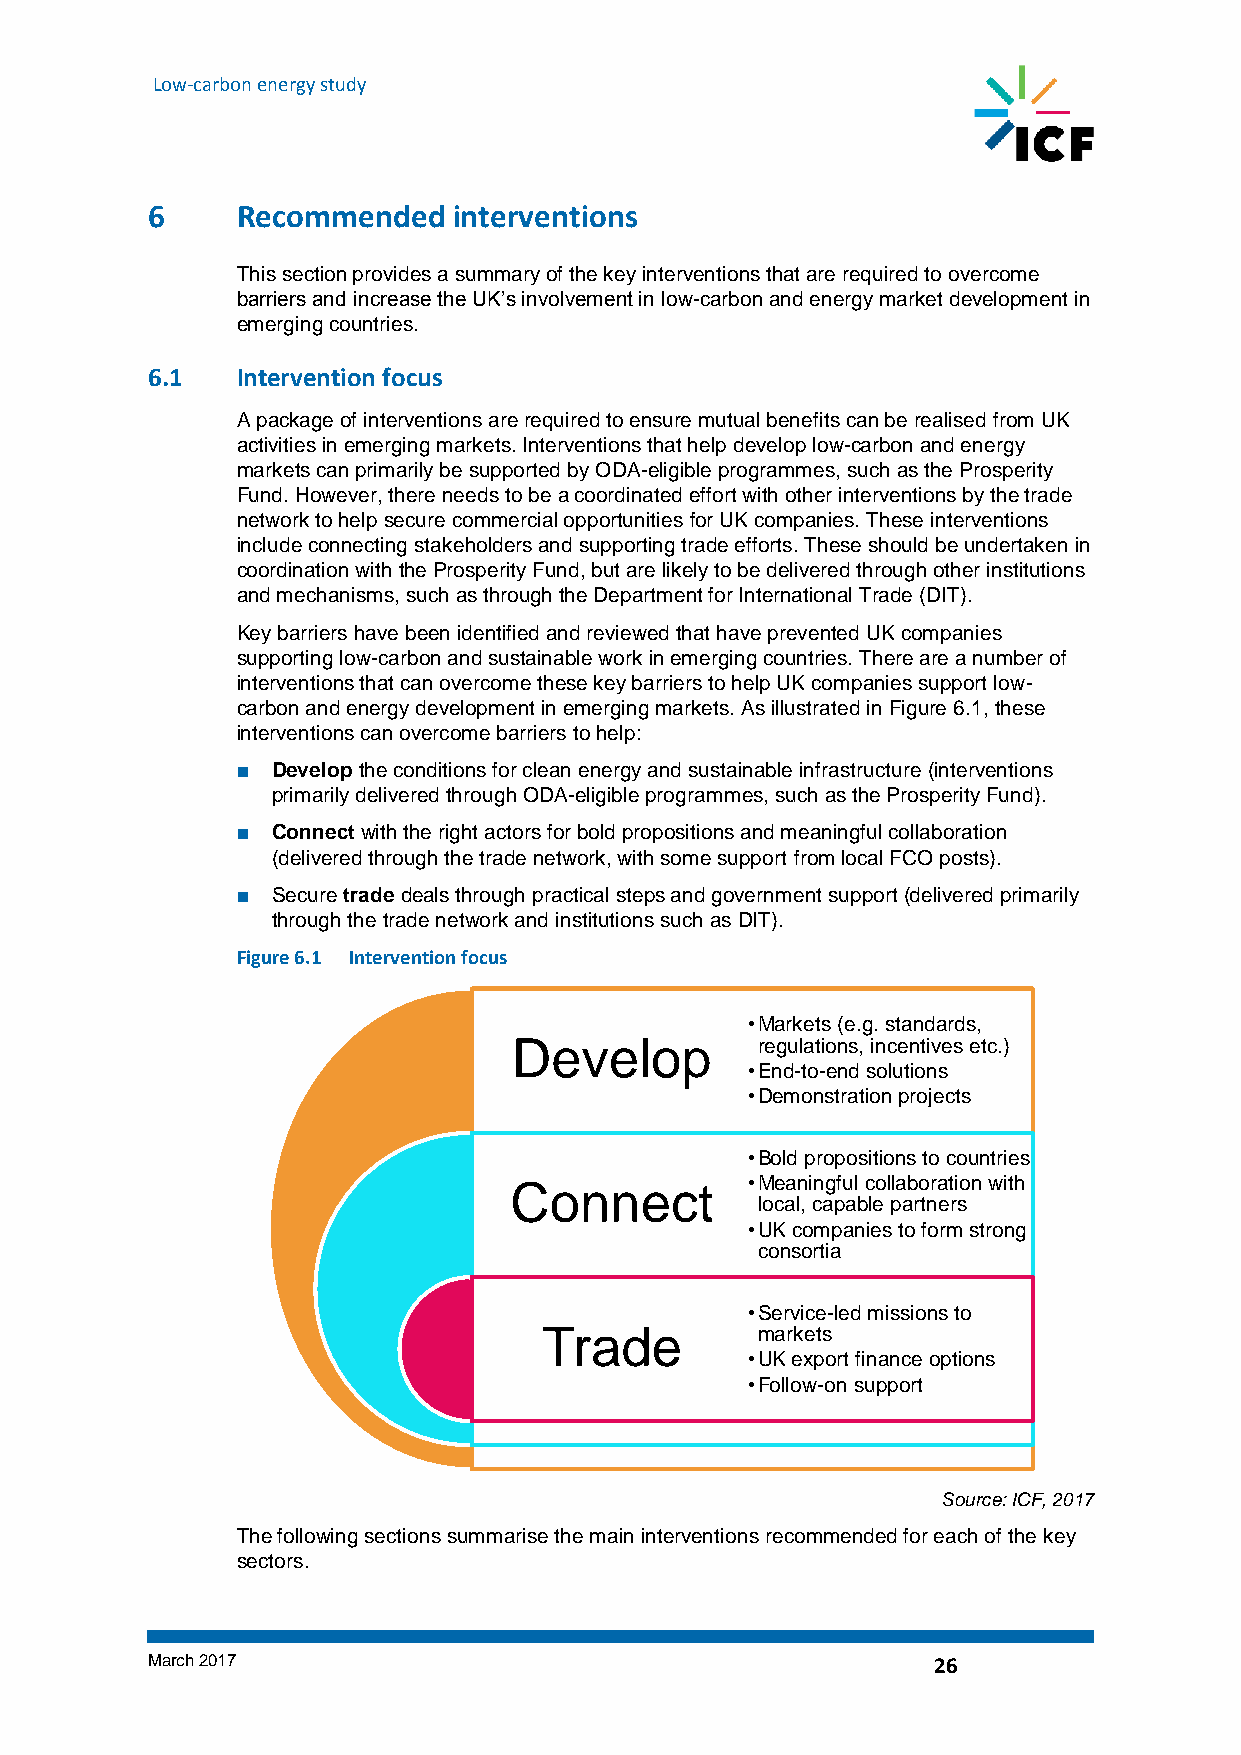
Low-carbon energy study
 6     Recommended   interventions
 This section provides a summary of the key interventions that are required to overcome
 barriers and increase the UK’s involvement in low-carbon and energy market development in
 emerging countries.
 6.1   Intervention focus
 A package of interventions are required to ensure mutual benefits can be realised from UK
 activities in emerging markets. Interventions that help develop low-carbon and energy
 markets can primarily be supported by ODA-eligible programmes, such as the Prosperity
 Fund. However, there needs to be a coordinated effort with other interventions by the trade
 network to help secure commercial opportunities for UK companies. These interventions
 include connecting stakeholders and supporting trade efforts. These should be undertaken in
 coordination with the Prosperity Fund, but are likely to be delivered through other institutions
 and mechanisms, such as through the Department for International Trade (DIT).
 Key barriers have been identified and reviewed that have prevented UK companies
 supporting low-carbon and sustainable work in emerging countries. There are a number of
 interventions that can overcome these key barriers to help UK companies support low-
 carbon and energy development in emerging markets. As illustrated in Figure 6.1, these
 interventions can overcome barriers to help:
 ■ Develop the conditions for clean energy and sustainable infrastructure (interventions
 primarily delivered through ODA-eligible programmes, such as the Prosperity Fund).
 ■ Connect with the right actors for bold propositions and meaningful collaboration
 (delivered through the trade network, with some support from local FCO posts).
 ■ Secure trade deals through practical steps and government support (delivered primarily
 through the trade network and institutions such as DIT).
 Figure 6.1 Intervention focus
 •Markets (e.g. standards,
 Develop         regulations, incentives etc.)
 •End-to-end solutions
 •Demonstration projects
 •Bold propositions to countries
 Connect        •Meaningful collaboration with
 local, capable partners
 •UK companies to form strong
 consortia
 •Service-led missions to
 Trade         markets
 •UK export finance options
 •Follow-on support
 Source: ICF, 2017
 The following sections summarise the main interventions recommended for each of the key
 sectors.
 March 2017                                          26